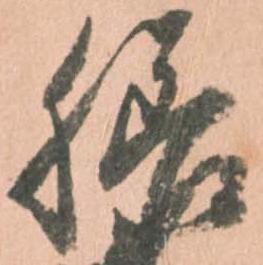
膳